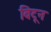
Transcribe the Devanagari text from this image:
विटून